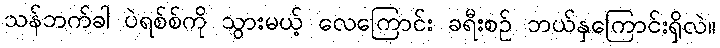
သန်ဘက်ခါ ပဲရစ်စ်ကို သွားမယ့် လေကြောင်း ခရီးစဉ် ဘယ်နှကြောင်းရှိလဲ။